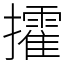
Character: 攉